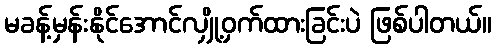
မခန့်မှန်းနိုင်အောင်လျှို့ဝှက်ထားခြင်းပဲ ဖြစ်ပါတယ်။